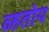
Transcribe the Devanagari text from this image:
व्हतोय